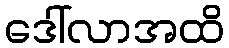
ဒေါ်လာအထိ